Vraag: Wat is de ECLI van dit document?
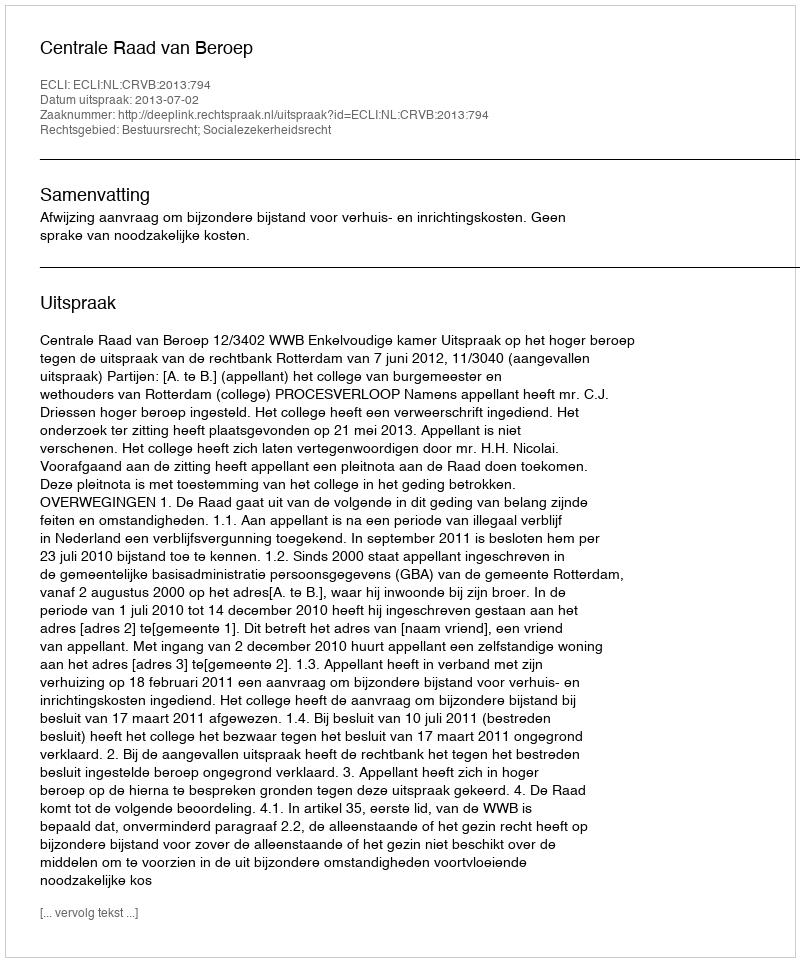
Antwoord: ECLI:NL:CRVB:2013:794